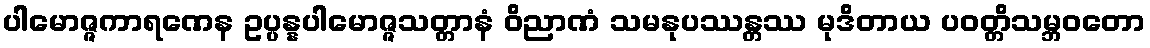
ပါမောဇ္ဇကာရဏေန ဥပ္ပန္နပါမောဇ္ဇသတ္တာနံ ဝိညာဏံ သမနုပဿန္တဿ မုဒိတာယ ပဝတ္တိသမ္ဘဝတော